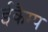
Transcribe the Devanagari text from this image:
ईकैम्प